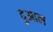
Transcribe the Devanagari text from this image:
दुआल